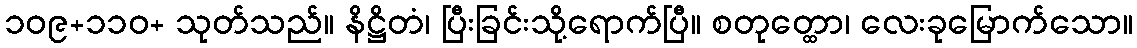
၁၀၉+၁၁၀+ သုတ်သည်။ နိဋ္ဌိတံ၊ ပြီးခြင်းသို့ရောက်ပြီ။ စတုတ္ထော၊ လေးခုမြောက်သော။